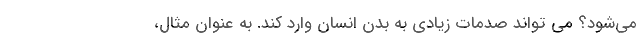
می‌شود؟ می تواند صدمات زیادی به بدن انسان وارد کند. به عنوان مثال،